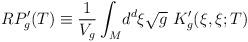
LaTeX: \begin{align*} RP_g'(T) \equiv \frac{1}{V_g}\int_M\! d^d\xi\sqrt{g}\ K_g'(\xi,\xi;T)\end{align*}